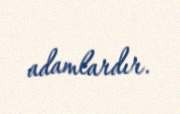
adamlardır.